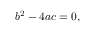
b ^ { 2 } - 4 a c = 0 ,